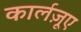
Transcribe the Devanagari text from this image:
कार्लज़ूए